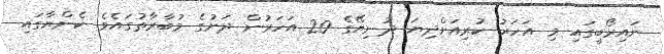
ނައިރޯބީގައި މި އަހަރު ކުރިއަށްދިޔަ ދުނިޔޭގެ 20 އަހަރުން ދަށުގެ މުބާރާތުގައެވެ. ކެންޔާގައި